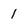
Character: 1